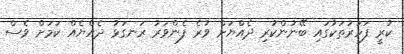
ކުރީ ފަހަރުތަކުގައި ބޭނުންކުރި ދެއްޔަށް ވުރެ ފެންވަރު ރަނގަޅު ދެއްޔެއް ކަމަށް ވެސް